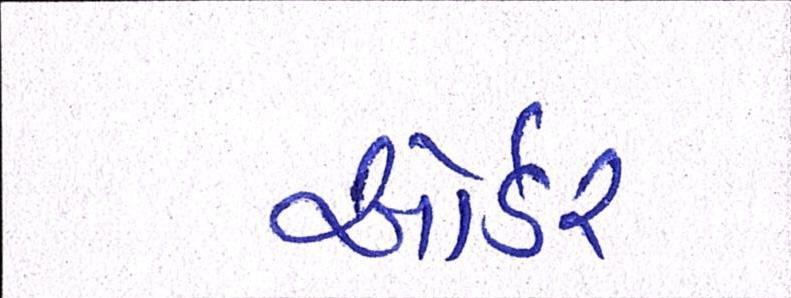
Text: ઓર્ડર